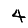
Digit: 4